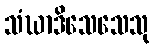
သံဃာဒိသေသေသု